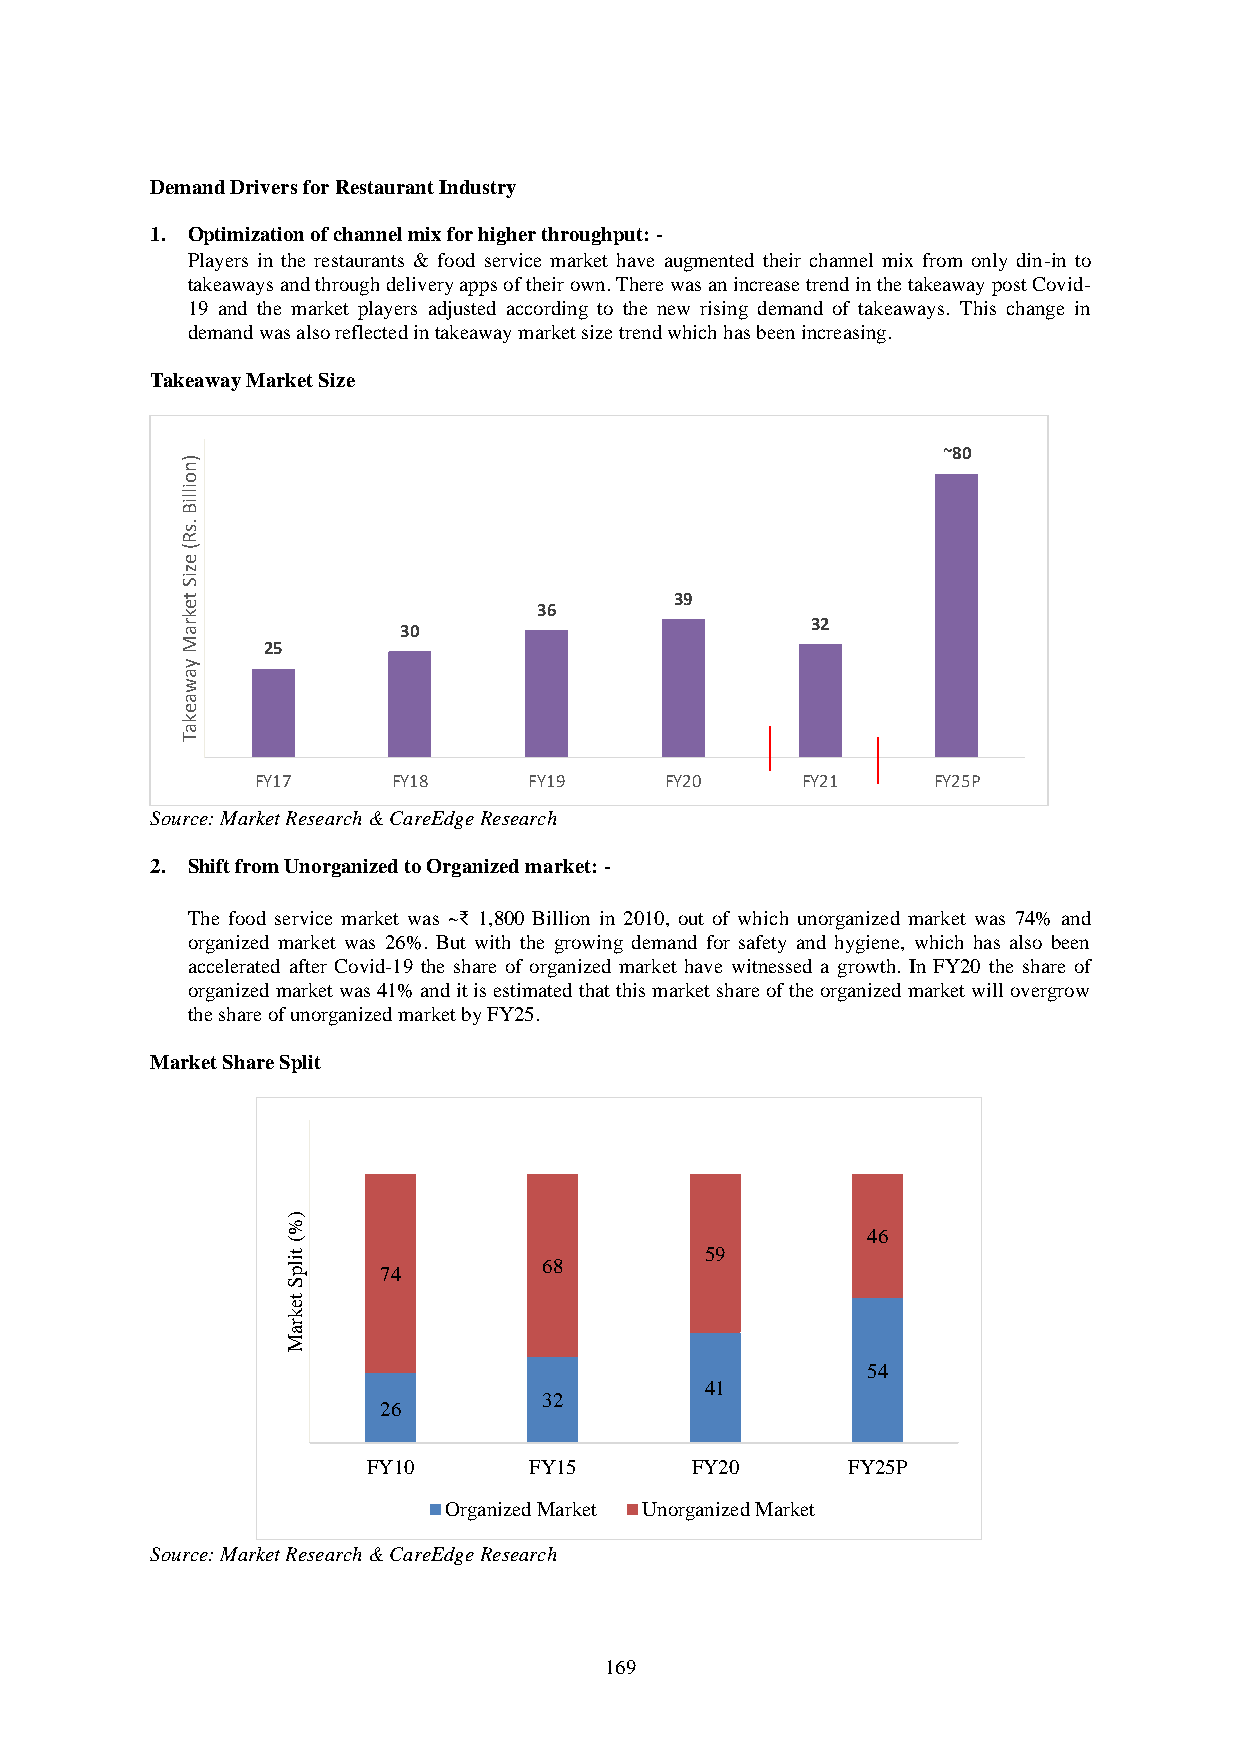
Demand Drivers for Restaurant Industry
 1. Optimization of channel mix for higher throughput: -
 Players in the restaurants & food service market have augmented their channel mix from only din-in to
 takeaways and through delivery apps of their own. There was an increase trend in the takeaway post Covid-
 19 and the market players adjusted according to the new rising demand of takeaways. This change in
 demand was also reflected in takeaway market size trend which has been increasing.
 Takeaway Market Size
 ~80
 )
 n
 o
 illiB
 .s
 R
 (
 e
 z
 iS
 t                                39
 e                       36
 k
 r a           30                          32
 M    25
 y
 a
 w
 a
 e
 k
 a
 T
 FY17     FY18     FY19     FY20     FY21     FY25P
 Source: Market Research & CareEdge Research
 2. Shift from Unorganized to Organized market: -
 The food service market was ~₹ 1,800 Billion in 2010, out of which unorganized market was 74% and
 organized market was 26%. But with the growing demand for safety and hygiene, which has also been
 accelerated after Covid-19 the share of organized market have witnessed a growth. In FY20 the share of
 organized market was 41% and it is estimated that this market share of the organized market will overgrow
 the share of unorganized market by FY25.
 Market Share Split
 )
 %
 46
 (
 tilp
 74
 68
 59
 S
 te
 k
 r
 a
 M
 54
 41
 32
 26
 FY10       FY15       FY20      FY25P
 Organized Market Unorganized Market
 Source: Market Research & CareEdge Research
 169